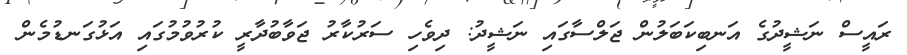
ރައީސް ނަޝީދުގެ އަނބިކަބަލުން ޖަލްސާގައި ނަޝީދު: ދިވެހި ސަރުކާރު ޖަވާބުދާރީ ކުރުވުމުގައި އަޅުގަނޑުމެން